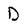
Character: D